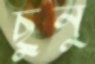
ছুনু